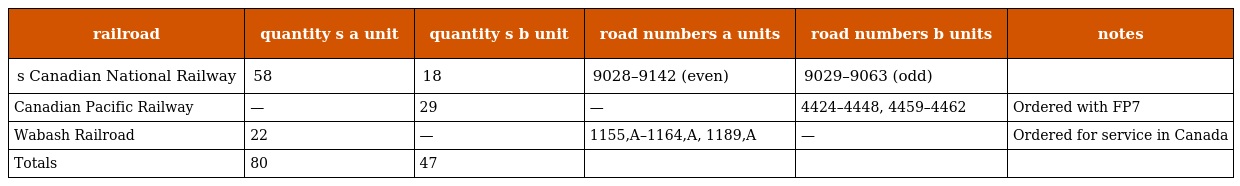
| railroad | quantity s a unit | quantity s b unit | road numbers a units | road numbers b units | notes |
 | --- | --- | --- | --- | --- | --- |
 | s Canadian National Railway | 58 | 18 | 9028–9142 (even) | 9029–9063 (odd) |  |
 | Canadian Pacific Railway | — | 29 | — | 4424–4448, 4459–4462 | Ordered with FP7 |
 | Wabash Railroad | 22 | — | 1155,A–1164,A, 1189,A | — | Ordered for service in Canada |
 | Totals | 80 | 47 |  |  |  |